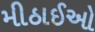
મીઠાઈઓ